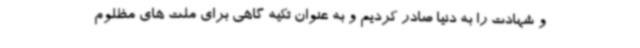
و شهادت را به دنیا صادر کردیم و به عنوان تکیه گاهی برای ملت های مظلوم